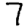
Digit: 7